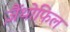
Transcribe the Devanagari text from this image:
ज़ैंथोफिल